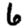
Digit: 6